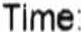
TIME: